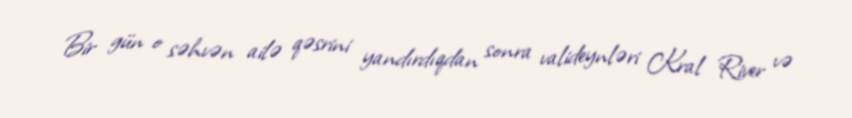
Bir gün o səhvən ailə qəsrini yandırdıqdan sonra valideynləri Kral River və